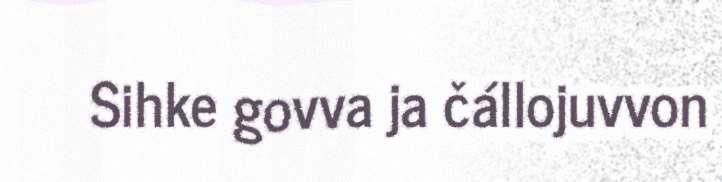
Sihke govva ja čállojuvvon